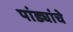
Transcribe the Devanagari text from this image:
पांड्यांचे